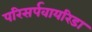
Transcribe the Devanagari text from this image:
परिसर्पवायरिडा